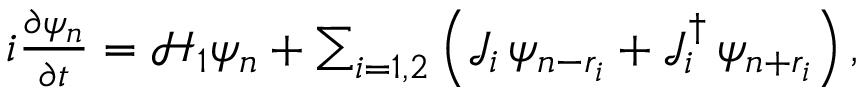
\begin{array} { r } { i \frac { \partial \psi _ { n } } { \partial t } = \mathcal { H } _ { 1 } \psi _ { n } + \sum _ { i = 1 , 2 } \left( \mathcal { J } _ { i } \, \psi _ { n - r _ { i } } + \mathcal { J } _ { i } ^ { \dagger } \, \psi _ { n + r _ { i } } \right) , } \end{array}